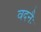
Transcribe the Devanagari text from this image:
वदनैः